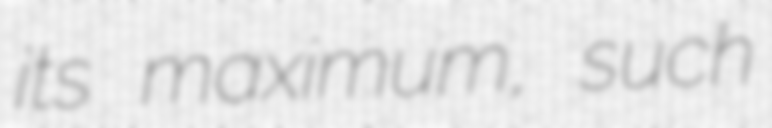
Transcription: its maximum, such